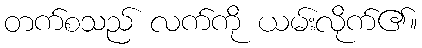
တက်စသည် လက်ကို ယမ်းလိုက်၏။